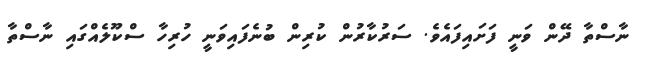
ނާސްތާ ދޭން ވަނީ ފަށައިފައެވެ. ސަރުކާރުން ކުރިން ބުނެފައިވަނީ ހުރިހާ ސްކޫލެއްގައި ނާސްތާ